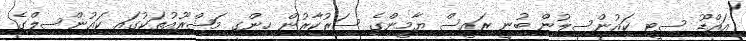
އައްޑޫ ސިޓީ ކައުންސިލުން ބުނީ ރައީސް ޔާމީންގެ ސަރުކާރުން ހިންގި މަޝްރޫއުތަކުގައި ކައުންސިލްގެ